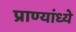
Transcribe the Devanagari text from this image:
प्राण्यांध्ये